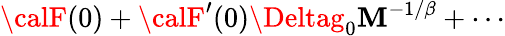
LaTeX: {\calF}(0)+{\calF}^{\prime}(0)\Deltag_{0}{\cal\mathbf{M}}^{-1/\beta}+\cdots